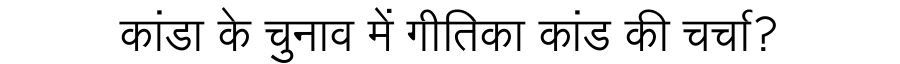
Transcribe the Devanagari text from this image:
कांडा के चुनाव में गीतिका कांड की चर्चा?